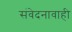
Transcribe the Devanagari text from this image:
संवेदनावाही